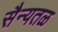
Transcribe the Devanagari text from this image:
सैन्यतळ